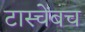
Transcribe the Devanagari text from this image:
टास्चेंबच